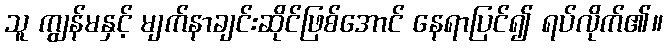
သူ ကျွန်မနှင့် မျက်နာချင်းဆိုင်ဖြစ်အောင် နေရာပြင်၍ ရပ်လိုက်၏။